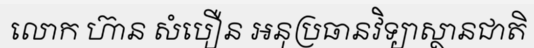
លោក ហ៊ាន សំបឿន អនុប្រធានវិទ្យាស្ថានជាតិ